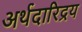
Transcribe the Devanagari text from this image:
अर्थदारिद्रय